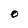
Character: O